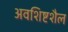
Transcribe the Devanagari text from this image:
अवशिष्टशैल